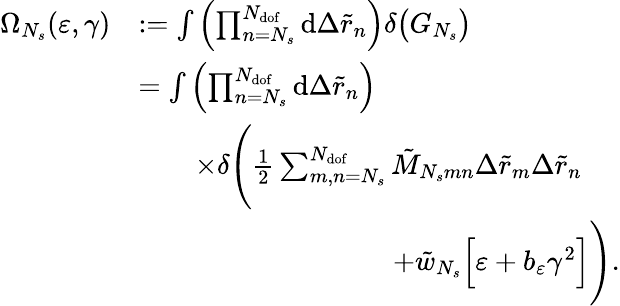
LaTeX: \begin{array}{rl}{\Omega_{N_{s}}(\varepsilon,\gamma)}&{:=\int{\left(\prod_{n=N_{s}}^{N_{\mathrm{dof}}}{\mathrm{d}\Delta\tilde{r}_{n}}\right)\delta\big(G_{N_{s}}\big)}}\\ &{=\int{\left(\prod_{n=N_{s}}^{N_{\mathrm{dof}}}{\mathrm{d}\Delta\tilde{r}_{n}}\right)}}\\ &{\qquad\times\delta\Bigg(\frac{1}{2}\sum_{m,n=N_{s}}^{N_{\mathrm{dof}}}{\tilde{M}_{N_{s}mn}\Delta\tilde{r}_{m}\Delta\tilde{r}_{n}}}\\ &{\qquad\qquad\quad\qquad\qquad+\tilde{w}_{N_{s}}\Big[\varepsilon+b_{\varepsilon}\gamma^{2}\Big]\Bigg).}\end{array}